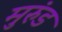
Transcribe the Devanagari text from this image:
मुरुंड